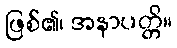
ဖြစ်၏၊ အနာပတ္တိ။